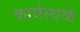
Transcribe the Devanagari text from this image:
कार्यस्थळे